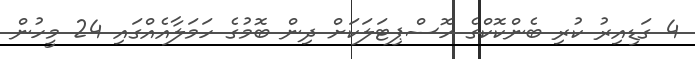
4 ގަޑިއިރު ކުރި ބެންކޮކްގެ ހޮސްޕިޓަލަކަށް ދިން ބޮމުގެ ހަމަލާއެއްގައި 24 މީހުން